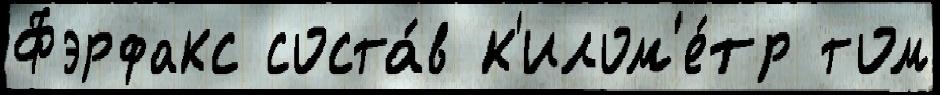
Фэрфакс соста́в к'илом'е́тр том